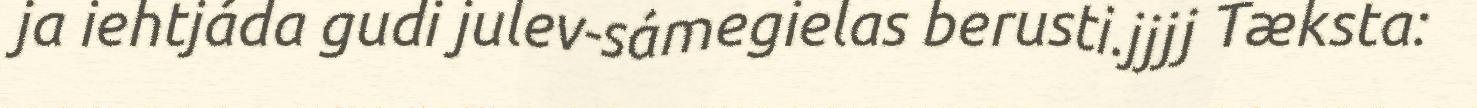
ja iehtjáda gudi julev-sámegielas berusti.jjjj Tæksta: